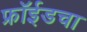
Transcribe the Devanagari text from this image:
फ्रॉईडचा